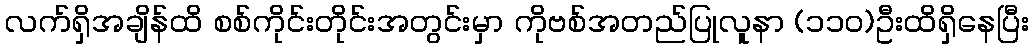
လက်ရှိအချိန်ထိ စစ်ကိုင်းတိုင်းအတွင်းမှာ ကိုဗစ်အတည်ပြုလူနာ (၁၁၀)ဦးထိရှိနေပြီး